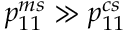
{ p } _ { 1 1 } ^ { m s } \gg { p } _ { 1 1 } ^ { c s }